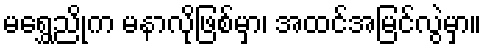
မရွှေညိုက မနာလိုဖြစ်မှာ၊ အထင်အမြင်လွဲမှာ။